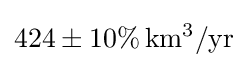
424\pm 10\%\,\mathrm {km^{3}/yr}